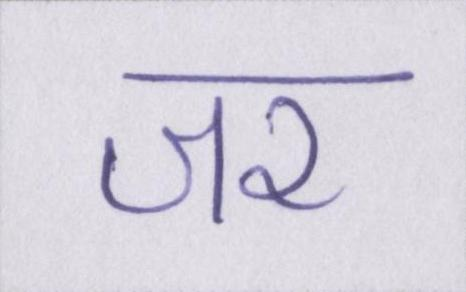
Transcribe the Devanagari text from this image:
जर